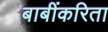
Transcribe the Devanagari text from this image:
बाबींकरिता